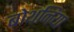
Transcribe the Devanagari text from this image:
बोथनिया